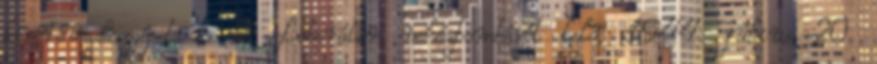
kísérővadászgépet és 2 Liberátor nehézbombázót lelő. 1944. július 20.